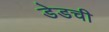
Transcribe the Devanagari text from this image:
डेडची